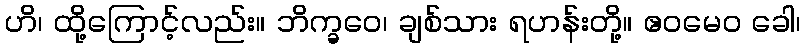
ဟိ၊ ထို့ကြောင့်လည်း။ ဘိက္ခဝေ၊ ချစ်သား ရဟန်းတို့။ ဧဝမေဝ ခေါ၊